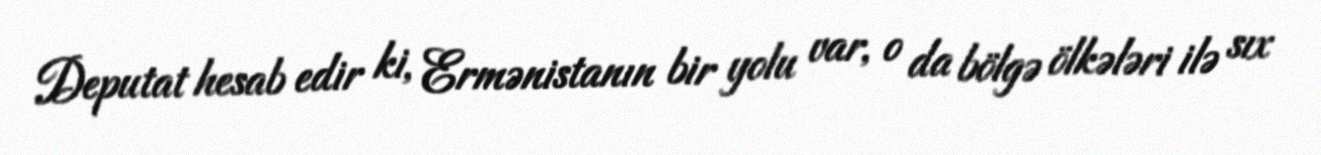
Deputat hesab edir ki, Ermənistanın bir yolu var, o da bölgə ölkələri ilə sıx